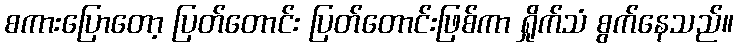
စကားပြောတော့ ပြတ်တောင်း ပြတ်တောင်းဖြစ်ကာ ရှိုက်သံ စွက်နေသည်။